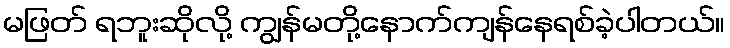
မဖြတ် ရဘူးဆိုလို့ ကျွန်မတို့နောက်ကျန်နေရစ်ခဲ့ပါတယ်။